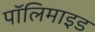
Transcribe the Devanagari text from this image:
पॉलिमाइड